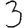
Digit: 3